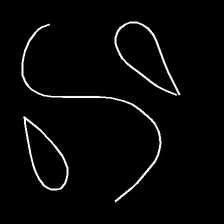
Glyph: water